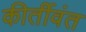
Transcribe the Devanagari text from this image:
कीर्तीवंत